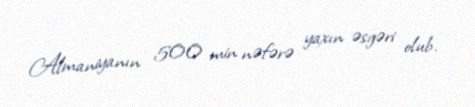
Almaniyanın 500 min nəfərə yaxın əsgəri olub.